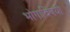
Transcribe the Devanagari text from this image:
भोगाविषयी